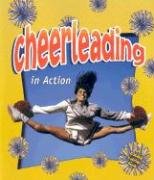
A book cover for Cheerleading in Action (Sports in Action); John Crossingham; Children's Books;